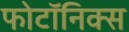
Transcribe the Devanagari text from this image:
फोटॉनिक्स